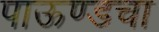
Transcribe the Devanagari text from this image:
पाऊण्डचा